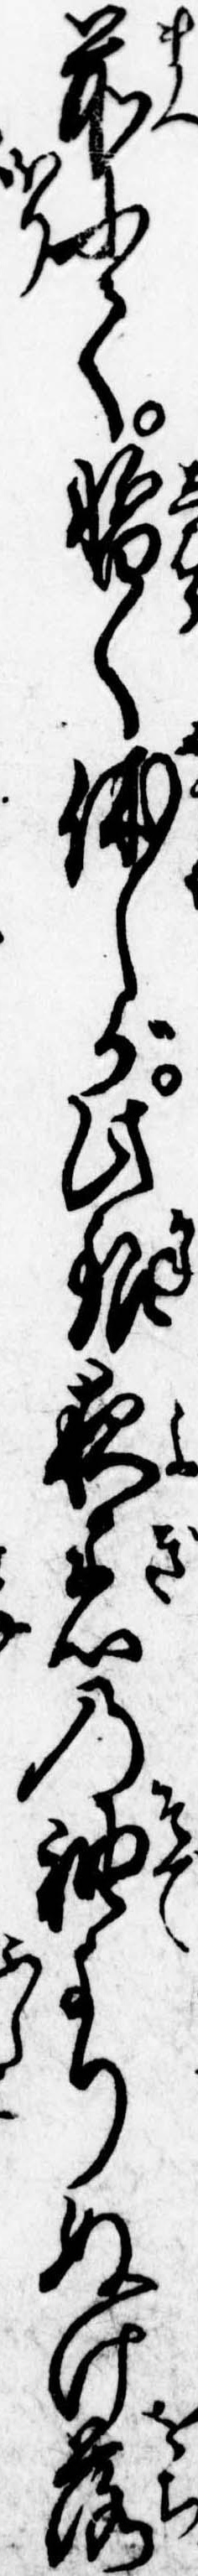
前にて暫く休しが此銀夜着の袖よりぬけ落